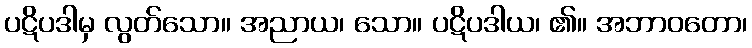
ပဋိပဒါမှ လွတ်သော။ အညာယ၊ သော။ ပဋိပဒါယ၊ ၏။ အဘာဝတော၊